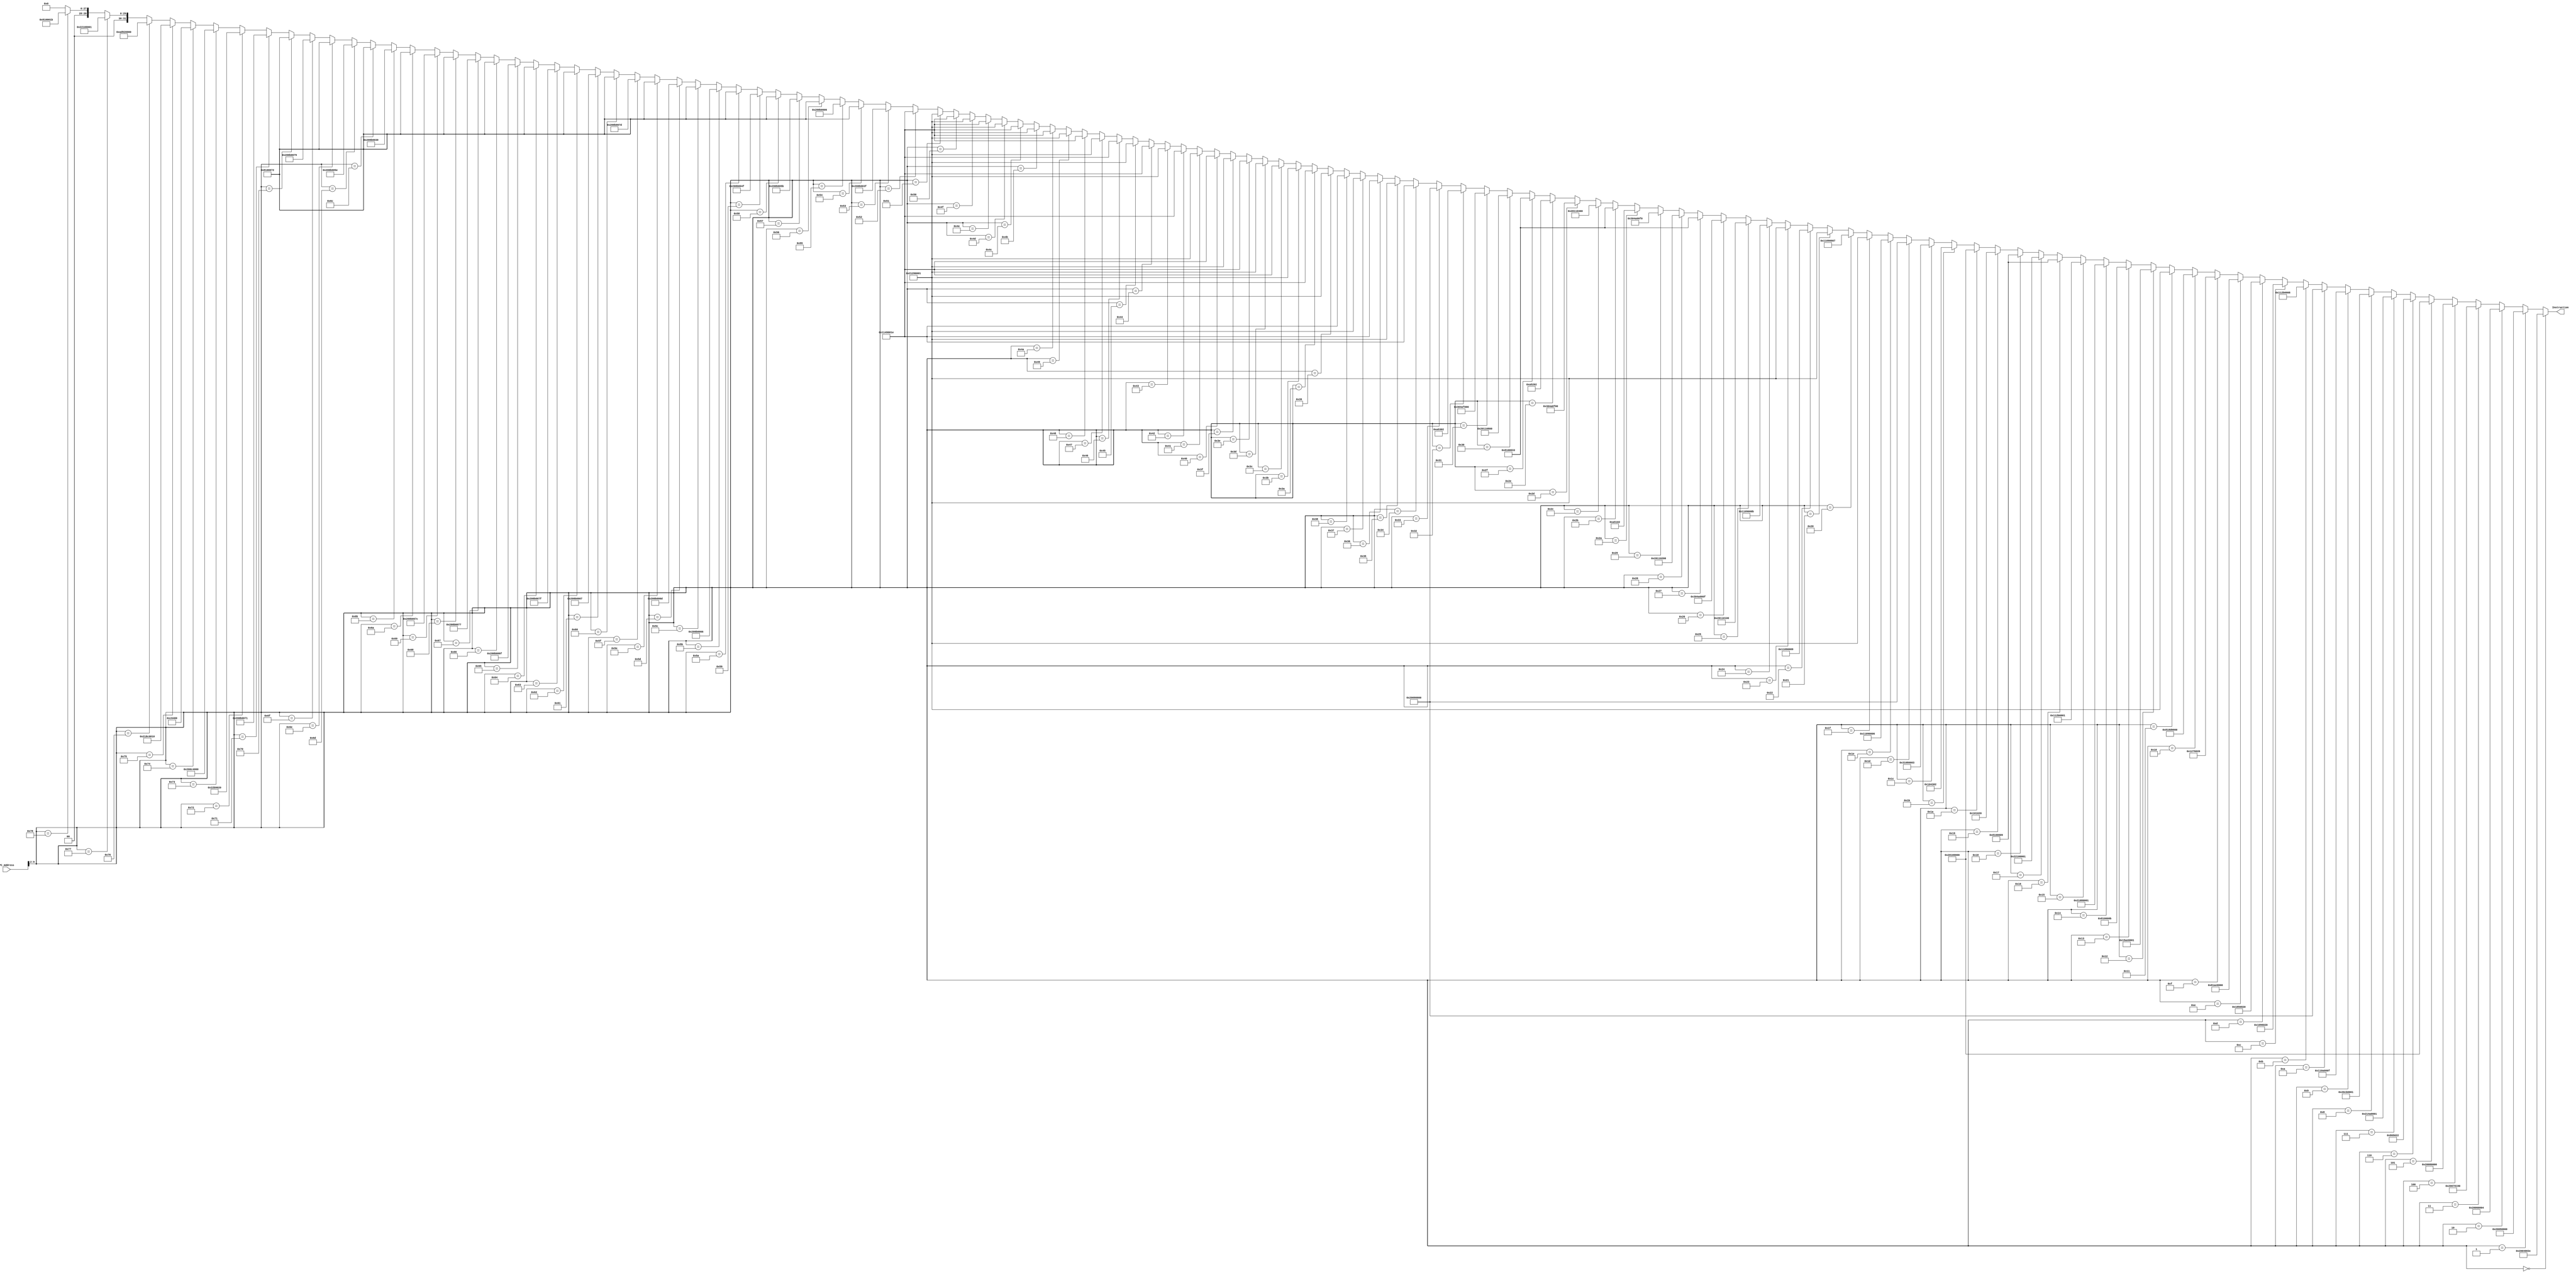
`timescale 1ns / 1ps
module InstructionMemory(PC_Address, Instruction);
input [31:0] PC_Address;
output [31:0] Instruction;
/*
parameter InstMem_size = 512;
reg [31:0] instruction [InstMem_size-1:0];
*/
assign Instruction =	
    (PC_Address[9:2] == 8'd0)?32'h2004003c:
    (PC_Address[9:2] == 8'd1)?32'h20050000:
    (PC_Address[9:2] == 8'd2)?32'h20060004:
    (PC_Address[9:2] == 8'd3)?32'h20070190:
    (PC_Address[9:2] == 8'd4)?32'h20080000:
    (PC_Address[9:2] == 8'd5)?32'h20100000:
    (PC_Address[9:2] == 8'd6)?32'h00865022:
    (PC_Address[9:2] == 8'd7)?32'h214a0001:
    (PC_Address[9:2] == 8'd8)?32'h20cb0001:
    (PC_Address[9:2] == 8'd9)?32'h110a000f:
    (PC_Address[9:2] == 8'd10)?32'h20090000:
    (PC_Address[9:2] == 8'd11)?32'h112b0008:
    (PC_Address[9:2] == 8'd12)?32'h01096020:
    (PC_Address[9:2] == 8'd13)?32'h01856820:
    (PC_Address[9:2] == 8'd14)?32'h81ae0000:
    (PC_Address[9:2] == 8'd15)?32'h01276020:
    (PC_Address[9:2] == 8'd16)?32'h818d0000:
    (PC_Address[9:2] == 8'd17)?32'h21290001:
    (PC_Address[9:2] == 8'd18)?32'h15ae0001:
    (PC_Address[9:2] == 8'd19)?32'h0810000b:
    (PC_Address[9:2] == 8'd20)?32'h21080001:
    (PC_Address[9:2] == 8'd21)?32'h112b0001:
    (PC_Address[9:2] == 8'd22)?32'h08100009:
    (PC_Address[9:2] == 8'd23)?32'h22100001:
    (PC_Address[9:2] == 8'd24)?32'h08100009:
    (PC_Address[9:2] == 8'd25)?32'h00101020:
    (PC_Address[9:2] == 8'd26)?32'h20100000:
    (PC_Address[9:2] == 8'd27)?32'h00104302:
    (PC_Address[9:2] == 8'd28)?32'h31080003:
    (PC_Address[9:2] == 8'd29)?32'h20090000:
    (PC_Address[9:2] == 8'd30)?32'h11090006:
    (PC_Address[9:2] == 8'd31)?32'h21290001:
    (PC_Address[9:2] == 8'd32)?32'h11090007:
    (PC_Address[9:2] == 8'd33)?32'h21290001:
    (PC_Address[9:2] == 8'd34)?32'h11090009:
    (PC_Address[9:2] == 8'd35)?32'h21290001:
    (PC_Address[9:2] == 8'd36)?32'h1109000b:
    (PC_Address[9:2] == 8'd37)?32'h20110100:
    (PC_Address[9:2] == 8'd38)?32'h304a000f:
    (PC_Address[9:2] == 8'd39)?32'h08100033:
    (PC_Address[9:2] == 8'd40)?32'h20110200:
    (PC_Address[9:2] == 8'd41)?32'h304a00f0:
    (PC_Address[9:2] == 8'd42)?32'h000a5102:
    (PC_Address[9:2] == 8'd43)?32'h08100033:
    (PC_Address[9:2] == 8'd44)?32'h20110400:
    (PC_Address[9:2] == 8'd45)?32'h304a0f00:
    (PC_Address[9:2] == 8'd46)?32'h000a5202:
    (PC_Address[9:2] == 8'd47)?32'h08100033:
    (PC_Address[9:2] == 8'd48)?32'h20110800:
    (PC_Address[9:2] == 8'd49)?32'h304af000:
    (PC_Address[9:2] == 8'd50)?32'h000a5302:
    (PC_Address[9:2] == 8'd51)?32'h20090000:
    (PC_Address[9:2] == 8'd52)?32'h1149001e:
    (PC_Address[9:2] == 8'd53)?32'h21290001:
    (PC_Address[9:2] == 8'd54)?32'h1149001e:
    (PC_Address[9:2] == 8'd55)?32'h21290001:
    (PC_Address[9:2] == 8'd56)?32'h1149001e:
    (PC_Address[9:2] == 8'd57)?32'h21290001:
    (PC_Address[9:2] == 8'd58)?32'h1149001e:
    (PC_Address[9:2] == 8'd59)?32'h21290001:
    (PC_Address[9:2] == 8'd60)?32'h1149001e:
    (PC_Address[9:2] == 8'd61)?32'h21290001:
    (PC_Address[9:2] == 8'd62)?32'h1149001e:
    (PC_Address[9:2] == 8'd63)?32'h21290001:
    (PC_Address[9:2] == 8'd64)?32'h1149001e:
    (PC_Address[9:2] == 8'd65)?32'h21290001:
    (PC_Address[9:2] == 8'd66)?32'h1149001e:
    (PC_Address[9:2] == 8'd67)?32'h21290001:
    (PC_Address[9:2] == 8'd68)?32'h1149001e:
    (PC_Address[9:2] == 8'd69)?32'h21290001:
    (PC_Address[9:2] == 8'd70)?32'h1149001e:
    (PC_Address[9:2] == 8'd71)?32'h21290001:
    (PC_Address[9:2] == 8'd72)?32'h1149001e:
    (PC_Address[9:2] == 8'd73)?32'h21290001:
    (PC_Address[9:2] == 8'd74)?32'h1149001e:
    (PC_Address[9:2] == 8'd75)?32'h21290001:
    (PC_Address[9:2] == 8'd76)?32'h1149001e:
    (PC_Address[9:2] == 8'd77)?32'h21290001:
    (PC_Address[9:2] == 8'd78)?32'h1149001e:
    (PC_Address[9:2] == 8'd79)?32'h21290001:
    (PC_Address[9:2] == 8'd80)?32'h1149001e:
    (PC_Address[9:2] == 8'd81)?32'h21290001:
    (PC_Address[9:2] == 8'd82)?32'h1149001e:
    (PC_Address[9:2] == 8'd83)?32'h200b003f:
    (PC_Address[9:2] == 8'd84)?32'h08100072:
    (PC_Address[9:2] == 8'd85)?32'h200b0006:
    (PC_Address[9:2] == 8'd86)?32'h08100072:
    (PC_Address[9:2] == 8'd87)?32'h200b005b:
    (PC_Address[9:2] == 8'd88)?32'h08100072:
    (PC_Address[9:2] == 8'd89)?32'h200b004f:
    (PC_Address[9:2] == 8'd90)?32'h08100072:
    (PC_Address[9:2] == 8'd91)?32'h200b0066:
    (PC_Address[9:2] == 8'd92)?32'h08100072:
    (PC_Address[9:2] == 8'd93)?32'h200b006d:
    (PC_Address[9:2] == 8'd94)?32'h08100072:
    (PC_Address[9:2] == 8'd95)?32'h200b007d:
    (PC_Address[9:2] == 8'd96)?32'h08100072:
    (PC_Address[9:2] == 8'd97)?32'h200b0007:
    (PC_Address[9:2] == 8'd98)?32'h08100072:
    (PC_Address[9:2] == 8'd99)?32'h200b007f:
    (PC_Address[9:2] == 8'd100)?32'h08100072:
    (PC_Address[9:2] == 8'd101)?32'h200b006f:
    (PC_Address[9:2] == 8'd102)?32'h08100072:
    (PC_Address[9:2] == 8'd103)?32'h200b0077:
    (PC_Address[9:2] == 8'd104)?32'h08100072:
    (PC_Address[9:2] == 8'd105)?32'h200b007c:
    (PC_Address[9:2] == 8'd106)?32'h08100072:
    (PC_Address[9:2] == 8'd107)?32'h200b0039:
    (PC_Address[9:2] == 8'd108)?32'h08100072:
    (PC_Address[9:2] == 8'd109)?32'h200b005e:
    (PC_Address[9:2] == 8'd110)?32'h08100072:
    (PC_Address[9:2] == 8'd111)?32'h200b0079:
    (PC_Address[9:2] == 8'd112)?32'h08100072:
    (PC_Address[9:2] == 8'd113)?32'h200b0071:
    (PC_Address[9:2] == 8'd114)?32'h022b9020:
    (PC_Address[9:2] == 8'd115)?32'h200c4000:
    (PC_Address[9:2] == 8'd116)?32'h000c6400:
    (PC_Address[9:2] == 8'd117)?32'h218c0010:
    (PC_Address[9:2] == 8'd118)?32'had920000:
    (PC_Address[9:2] == 8'd119)?32'h22100001:
    (PC_Address[9:2] == 8'd120)?32'h0810001b:
  32'h00000000;

endmodule